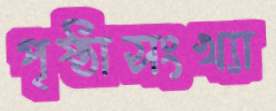
পৃষ্ঠাসংখ্যা